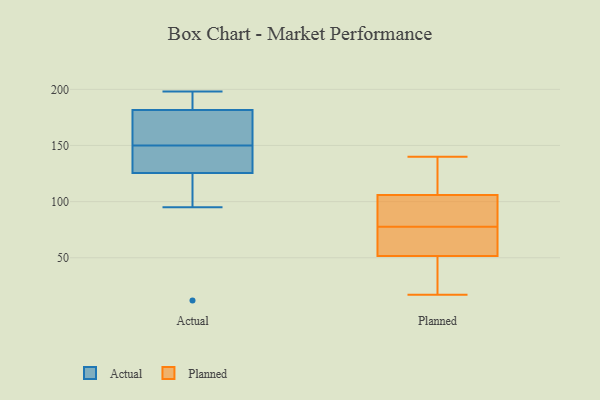
{"axis": {"x": "Bounce Rate (%)", "y": "Value"}, "legend": ["Actual", "Planned"], "data": [{"x": "", "y": 150, "type": "Actual"}, {"x": "", "y": 95, "type": "Actual"}, {"x": "", "y": 166, "type": "Actual"}, {"x": "", "y": 95, "type": "Actual"}, {"x": "", "y": 133, "type": "Actual"}, {"x": "", "y": 198, "type": "Actual"}, {"x": "", "y": 185, "type": "Actual"}, {"x": "", "y": 194, "type": "Actual"}, {"x": "", "y": 12, "type": "Actual"}, {"x": "", "y": 191, "type": "Actual"}, {"x": "", "y": 150, "type": "Actual"}, {"x": "", "y": 149, "type": "Actual"}, {"x": "", "y": 178, "type": "Actual"}, {"x": "", "y": 118, "type": "Actual"}, {"x": "", "y": 138, "type": "Actual"}, {"x": "", "y": 158, "type": "Actual"}, {"x": "", "y": 72, "type": "Planned"}, {"x": "", "y": 83, "type": "Planned"}, {"x": "", "y": 38, "type": "Planned"}, {"x": "", "y": 114, "type": "Planned"}, {"x": "", "y": 140, "type": "Planned"}, {"x": "", "y": 65, "type": "Planned"}, {"x": "", "y": 131, "type": "Planned"}, {"x": "", "y": 98, "type": "Planned"}, {"x": "", "y": 38, "type": "Planned"}, {"x": "", "y": 85, "type": "Planned"}, {"x": "", "y": 66, "type": "Planned"}, {"x": "", "y": 17, "type": "Planned"}]}